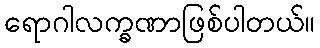
ရောဂါလက္ခဏာဖြစ်ပါတယ်။